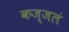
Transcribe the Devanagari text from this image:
कज्जलं